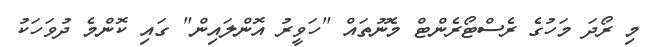
މި ރޯދަ މަހުގެ ރެސްޓޯރެންޓް މެނޫތައް "ހަވީރު އޮންލައިން" ގައި ކޮންމެ ދުވަހަކު